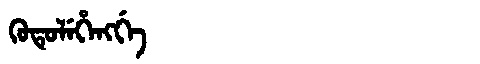
Manchu: ᡴᡠᡨᡠᠯᡝᡥᡝᠩᡤᡝ
Romanization: KUTULEHENGGE